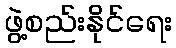
ဖွဲ့စည်းနိုင်ရေး